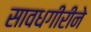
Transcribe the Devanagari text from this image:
सावधगीरीने